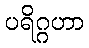
ပရိဂ္ဂဟာ